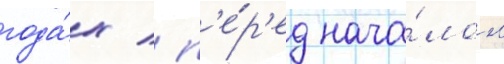
года́х / п'е́р'ед нача́лом